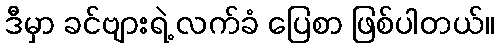
ဒီမှာ ခင်ဗျားရဲ့ လက်ခံ ပြေစာ ဖြစ်ပါတယ်။